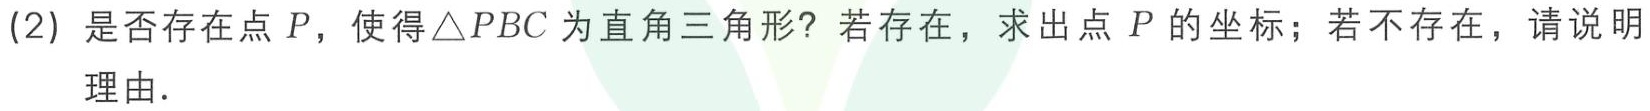
(2) 是否存在点 \(P\)，使得 \(\triangle PBC\) 为直角三角形？若存在，求出点 \(P\) 的坐标；若不存在，请说明
理由．